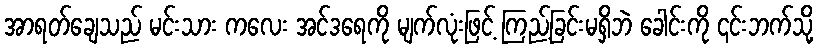
အာရတ်ချေသည် မင်းသား ကလေး အင်ဒရေကို မျက်လုံးဖြင့် ကြည့်ခြင်းမရှိဘဲ ခေါင်းကို ၎င်းဘက်သို့